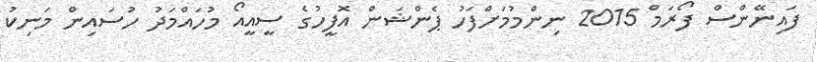
ފައިނޭންސް ފޯރަމް 2015 ނިންމުމަށްފަހު ޕެންޝަން އޮފީހުގެ ސީއީއޯ މުހައްމަދު ހުސައިން މަނިކު